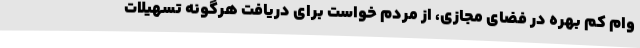
وام کم بهره در فضای مجازی، از مردم خواست برای دریافت هرگونه تسهیلات